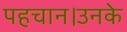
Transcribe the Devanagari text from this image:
पहचान।उनके